Mental hospitals Bombay report 1921-28 - 1921-1928
Year: 1921
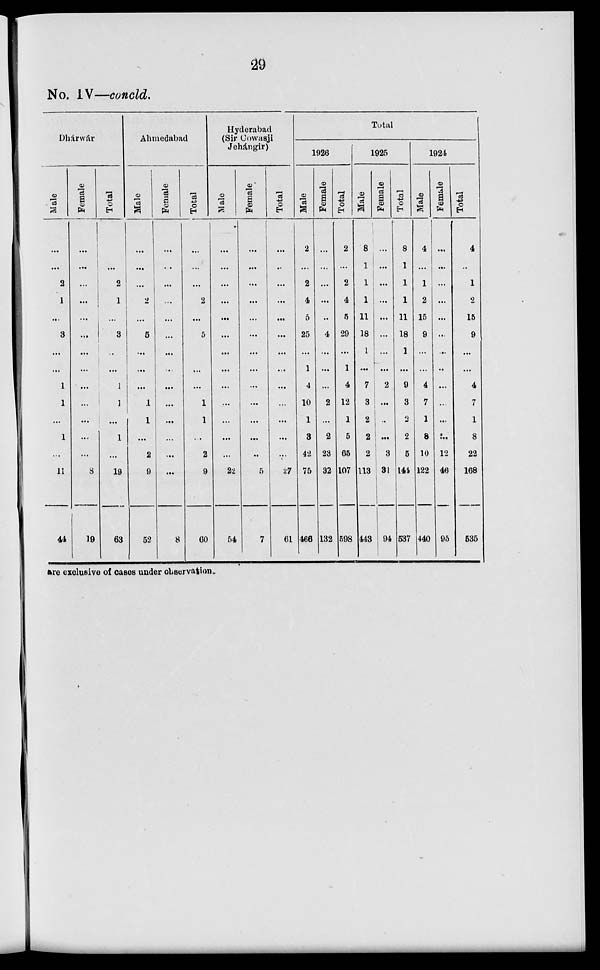
29
No. IV—concld.
Dhárwár
Male
...
...
2
1
...
3
...
...
1
1
...
1
...
11
44
Female
...
...
...
...
...
...
...
...
...
...
...
...
...
8
19
Total
...
...
2
1
...
3
...
...
1
1
...
1
...
19
63
Ahmedabad
Male
...
...
...
2
...
5
...
...
...
1
1
...
2
9
52
Female
...
...
...
...
...
...
...
...
...
...
...
...
...
...
8
Total
...
...
...
2
...
5
...
...
...
1
1
...
2
9
60
Hyderabad
(Sir Cowasji
Jehángir)
Male
...
...
...
...
...
...
...
...
...
...
...
...
...
22
54
Female
...
...
...
...
...
...
...
...
...
...
...
...
...
5
7
Total
...
...
...
...
...
...
...
...
...
...
...
...
...
27
61
Total
1926
Male
2
...
2
4
5
25
...
1
4
10
1
3
42
75
466
Female
...
...
...
...
...
4
...
...
...
2
...
2
23
32
132
Total
2
...
2
4
5
29
...
1
4
12
1
5
65
107
598
1925
Male
8
1
1
1
11
18
1
...
7
3
2
2
2
113
443
Female
...
...
...
...
...
...
...
...
2
...
...
...
3
31
94
Total
8
1
1
1
11
18
1
...
9
3
2
2
5
144
537
1924
Male
4
...
1
2
15
9
...
...
4
7
1
8
10
122
440
Female
...
...
...
...
...
...
...
...
...
...
...
...
12
46
95
Total
4
...
1
2
15
9
...
...
4
7
1
8
22
168
535
are exclusive of cases under observation.